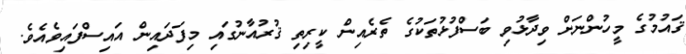
ޤައުމުގެ މީހުންނަށް ވިދާޅުވި ބަސްފުޅުތަކުގެ ތެރެއިން ކީރިތި ޤުރުއާނުގައި މިފަދައިން އައިސްފައިވެއެވެ.